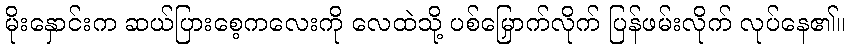
မိုးနှောင်းက ဆယ်ပြားစေ့ကလေးကို လေထဲသို့ ပစ်မြှောက်လိုက် ပြန်ဖမ်းလိုက် လုပ်နေ၏။